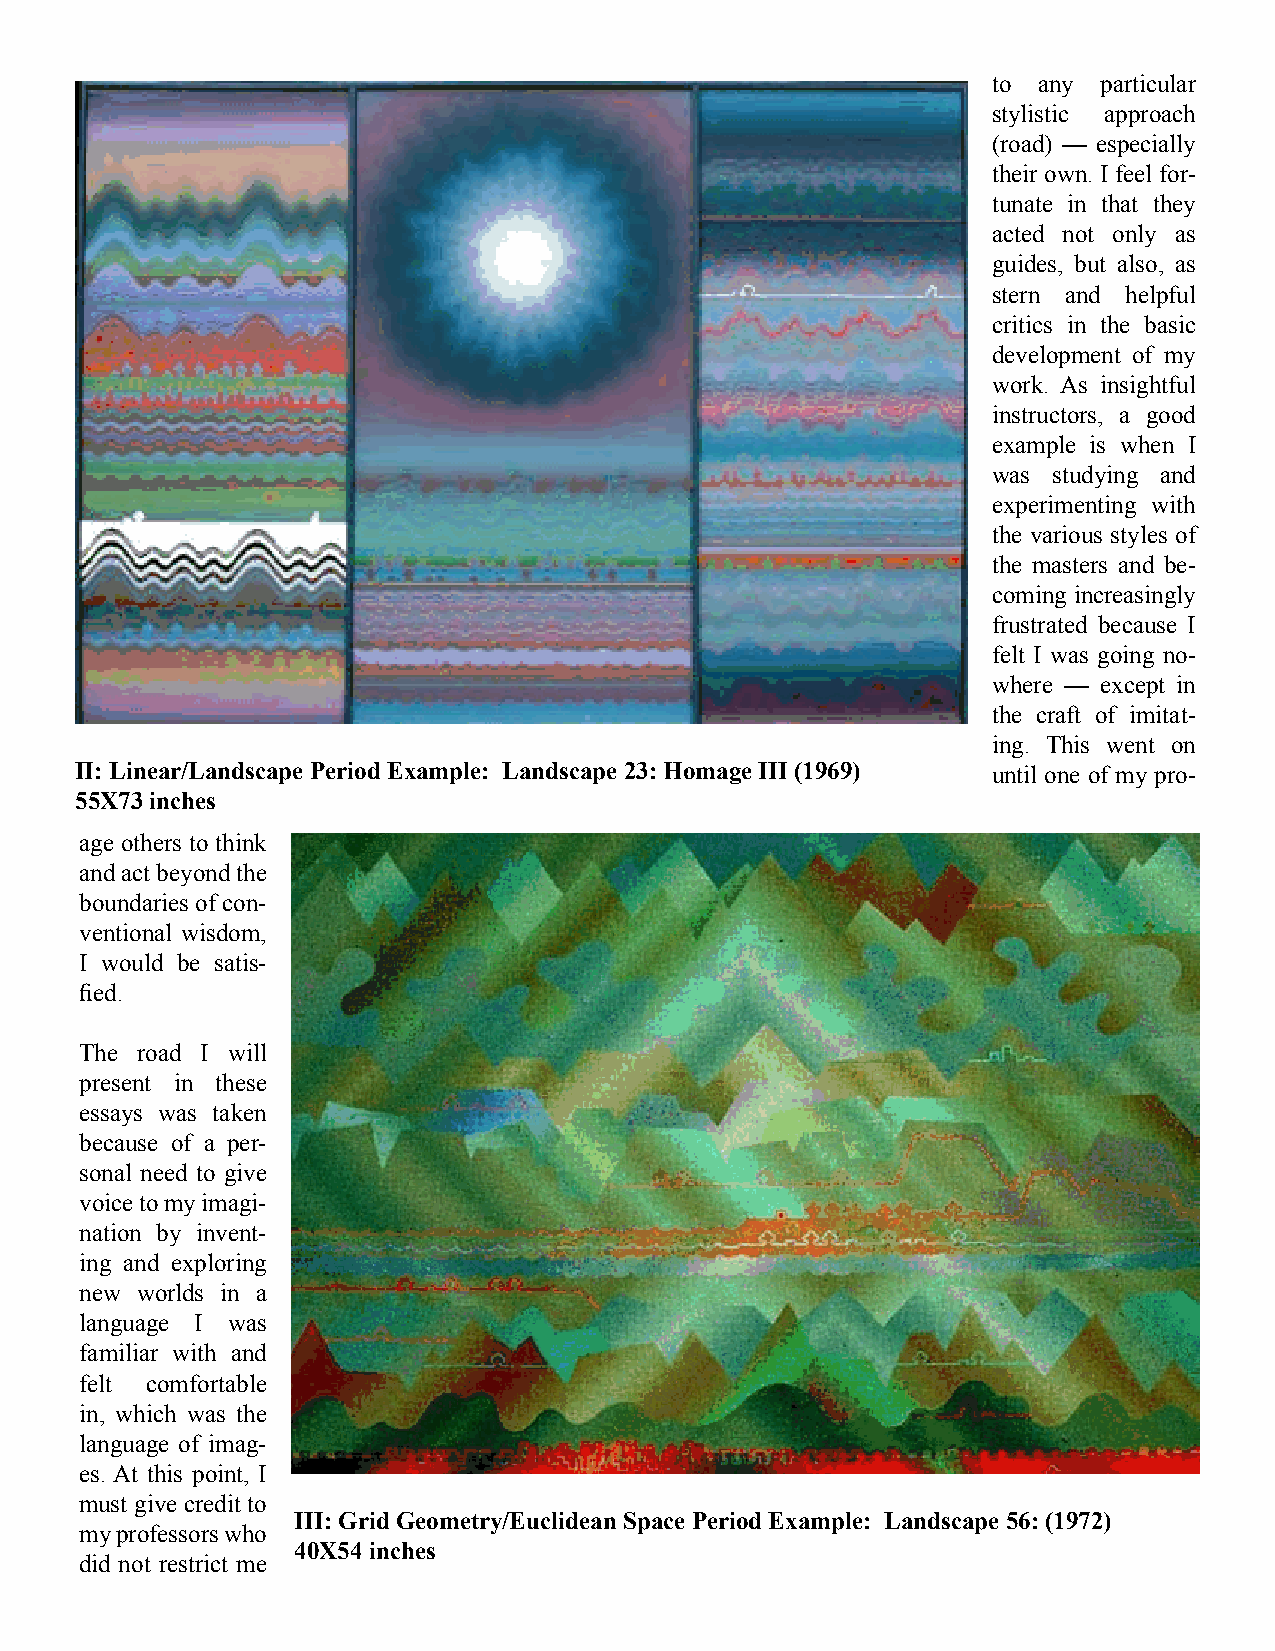
to any particular
 stylistic approach
 (road) — especially
 their own. I feel for-
 tunate in that they
 acted not only as
 guides, but also, as
 stern and helpful
 critics in the basic
 development of my
 work. As insightful
 instructors, a good
 example is when I
 was studying and
 experimenting with
 the various styles of
 the masters and be-
 coming increasingly
 frustrated because I
 felt I was going no-
 where — except in
 the craft of imitat-
 ing. This went on
 II: Linear/Landscape Period Example: Landscape 23: Homage III (1969) until one of my pro-
 55X73 inches
 age others to think
 and act beyond the
 boundaries of con-
 ventional wisdom,
 I would be satis-
 fied.
 The road I will
 present in these
 essays was taken
 because of a per-
 sonal need to give
 voice to my imagi-
 nation by invent-
 ing and exploring
 new worlds in a
 language I was
 familiar with and
 felt comfortable
 in, which was the
 language of imag-
 es. At this point, I
 must give credit to
 III: Grid Geometry/Euclidean Space Period Example: Landscape 56: (1972)
 my professors who
 40X54 inches
 did not restrict me